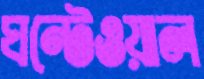
ঘন্টেওয়াল